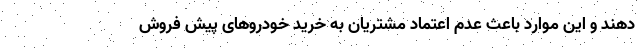
دهند و این موارد باعث عدم اعتماد مشتریان به خرید خودروهای پیش فروش